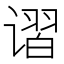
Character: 𰶃